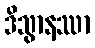
ဒိသွာနဿာ